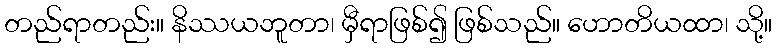
တည်ရာတည်း။ နိဿယဘူတာ၊ မှီရာဖြစ်၍ ဖြစ်သည်။ ဟောတိယထာ၊ သို့။